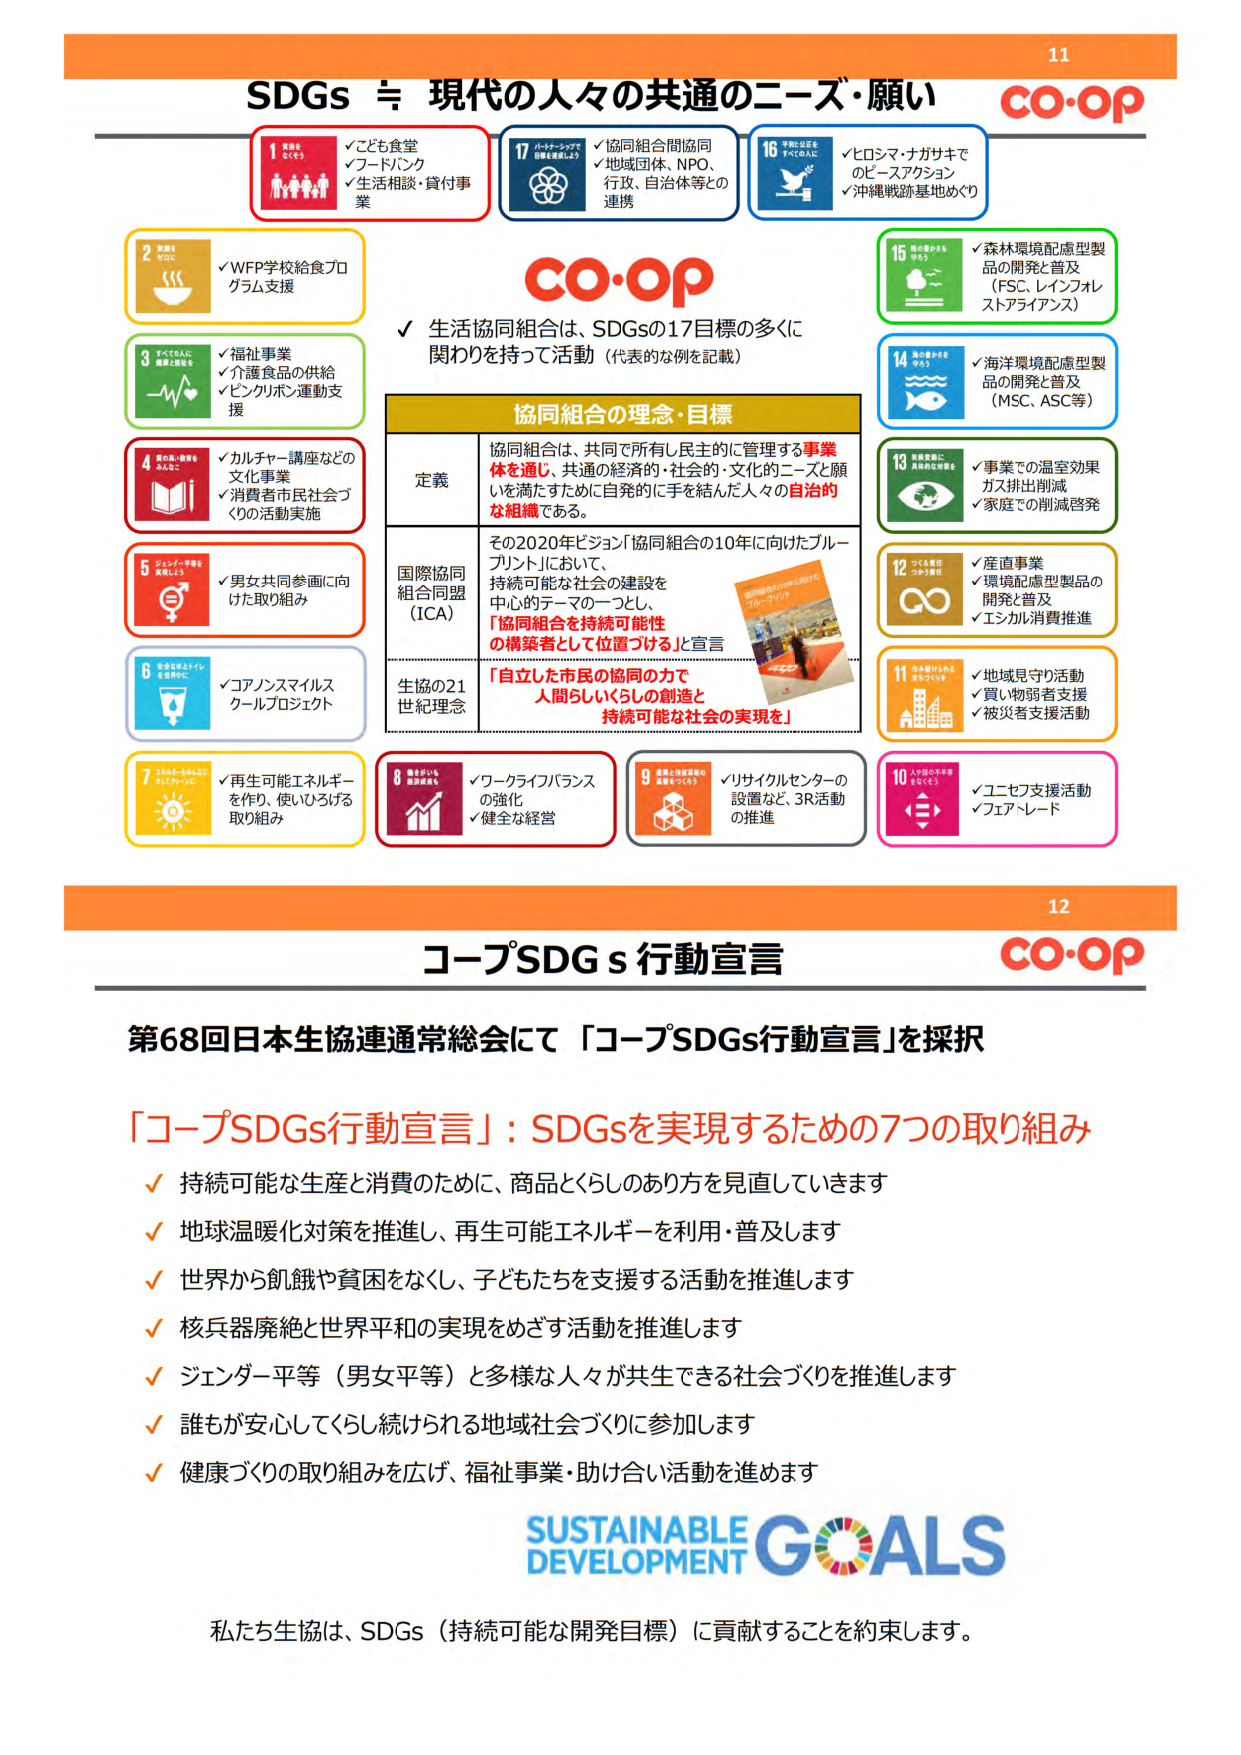
SDGs = 現代の人々の共通のニーズ・願い
co-op

1  なくそう
✓ 子ども食堂
✓ フードバンク
✓ 生活相談・貸付事業

2  飢餓を
ゼロに
✓ WFP学校給食プログラム支援

3  すべての人に
健康と福祉を
✓ 福祉事業
✓ 介護食品の供給
✓ ピンクリボン運動支援

4  質の高い教育を
みんなに
✓ カルチャー講座などの文化事業
✓ 消費者市民社会づくりの活動実施

5  ジェンダー平等を
実現しよう
✓ 男女共同参画に向けた取り組み

6  安全な水とトイレを世界中に
✓ コアノンスマイルスクールプロジェクト

7  エネルギーをみんなに そしてクリーンに
✓ 再生可能エネルギーを作り、使いひろげる取り組み

8  働きがいも
経済成長も
✓ ワークライフバランスの強化
✓ 健全な経営

9  産業と技術革新の基盤をつくろう
✓ リサイクルセンターの設置など、3R活動の推進

10  人や国の不平等をなくそう
✓ ユニセフ支援活動
✓ フェアトレード

11  住み続けられるまちづくりを
✓ 地域見守り活動
✓ 買い物弱者支援
✓ 被災者支援活動

12  つくる責任 つかう責任
✓ 産直事業
✓ 環境配慮型製品の開発と普及
✓ エシカル消費推進

13  気候変動に具体的な対策を
✓ 事業での温室効果ガス排出削減
✓ 家庭での削減啓発

14  海の豊かさを守ろう
✓ 海洋環境配慮型製品の開発と普及（MSC、ASC等）

15  陸の豊かさも守ろう
✓ 森林環境配慮型製品の開発と普及（FSC、レインフォレストアライアンス）

16  平和と公正をすべての人に
✓ ヒロシマ・ナガサキでのピースアクション
✓ 沖縄戦跡基地めぐり

17  パートナーシップで目標を達成しよう
✓ 協同組合間協同
✓ 地域団体、NPO、行政、自治体等との連携

✓ 生活協同組合は、SDGsの17目標の多くに関わりを持って活動（代表的な例を記載）

協同組合の理念・目標

定義
協同組合は、共同で所有し民主的に管理する事業体を通じ、共通の経済的・社会的・文化的ニーズと願いを満たすために自発的に手を結んだ人々の自治的な組織である。

国際協同組合同盟（ICA）
その2020年ビジョン「協同組合の10年に向けたブループリント」において、
持続可能な社会の建設を中心のテーマの一つとし、
「協同組合を持続可能性の構築者として位置づける」と宣言

生協の21世紀理念
「自立した市民の協同の力で
人間らしいくらしの創造と
持続可能な社会の実現を」

co-op

12
コープSDGs行動宣言
co-op

第68回日本生協連通常総会にて「コープSDGs行動宣言」を採択

「コープSDGs行動宣言」：SDGsを実現するための7つの取り組み
✓ 持続可能な生産と消費のために、商品とくらしのあり方を見直していきます
✓ 地球温暖化対策を推進し、再生可能エネルギーを利用・普及します
✓ 世界から飢餓や貧困をなくし、子どもたちを支援する活動を推進します
✓ 核兵器廃絶と世界平和の実現をめざす活動を推進します
✓ ジェンダー平等（男女平等）と多様な人々が共生できる社会づくりを推進します
✓ 誰もが安心してくらし続けられる地域社会づくりに参加します
✓ 健康づくりの取り組みを広げ、福祉事業・助け合い活動を進めます

SUSTAINABLE DEVELOPMENT GOALS

私たち生協は、SDGs（持続可能な開発目標）に貢献することを約束します。